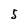
Character: 5